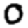
Digit: 0